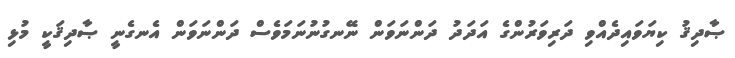
ޞާދިޤު ކިޔަވައިދެއްވި ދަރިވަރުންގެ އަދަދު ދަންނަވަން ނޭނގުނުނަމަވެސް ދަންނަވަން އެނގެނީ ޞާދިޤަކީ މުޅި